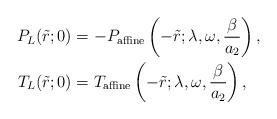
LaTeX: \begin{align*}P_L(\tilde{r};0) &= -P_{\rm affine} \left( -\tilde{r};\lambda, \omega, \frac{\beta}{a_2} \right), \\T_L(\tilde{r};0) &= T_{\rm affine} \left( -\tilde{r};\lambda, \omega, \frac{\beta}{a_2} \right),\end{align*}